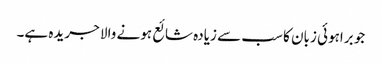
جو براہوئی زبان کا سب سے زیادہ شائع ہونے والا جریدہ ہے۔